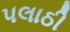
પલાઠી